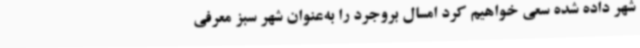
شهر داده شده سعی خواهیم کرد امسال بروجرد را به‌عنوان شهر سبز معرفی